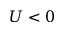
U < 0